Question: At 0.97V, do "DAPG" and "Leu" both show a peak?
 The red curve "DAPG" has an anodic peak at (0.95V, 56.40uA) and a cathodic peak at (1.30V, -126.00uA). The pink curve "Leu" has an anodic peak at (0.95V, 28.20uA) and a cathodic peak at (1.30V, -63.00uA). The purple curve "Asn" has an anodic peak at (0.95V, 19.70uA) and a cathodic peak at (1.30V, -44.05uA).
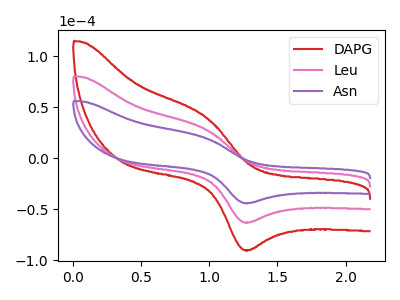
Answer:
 <answer>Yes, "DAPG" and "Leu" share a peak at 0.97V.</answer>
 <eval>match</eval>